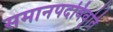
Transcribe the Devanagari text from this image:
समानपदविवृति